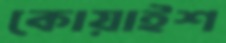
কোয়াইশ